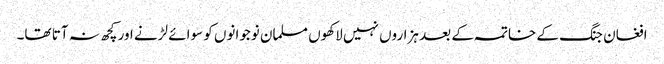
افغان جنگ کے خاتمہ کے بعد ہزاروں نہیں لاکھوں مسلمان نوجوانوں کو سوائے لڑنے اور کچھ نہ آتا تھا۔